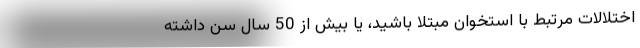
اختلالات مرتبط با استخوان مبتلا باشید، یا بیش از 50 سال سن داشته